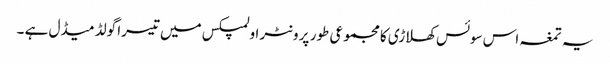
یہ تمغہ اس سوئس کھلاڑی کا مجموعی طور پر ونٹر اولمپکس میں تیسرا گولڈ میڈل ہے ۔